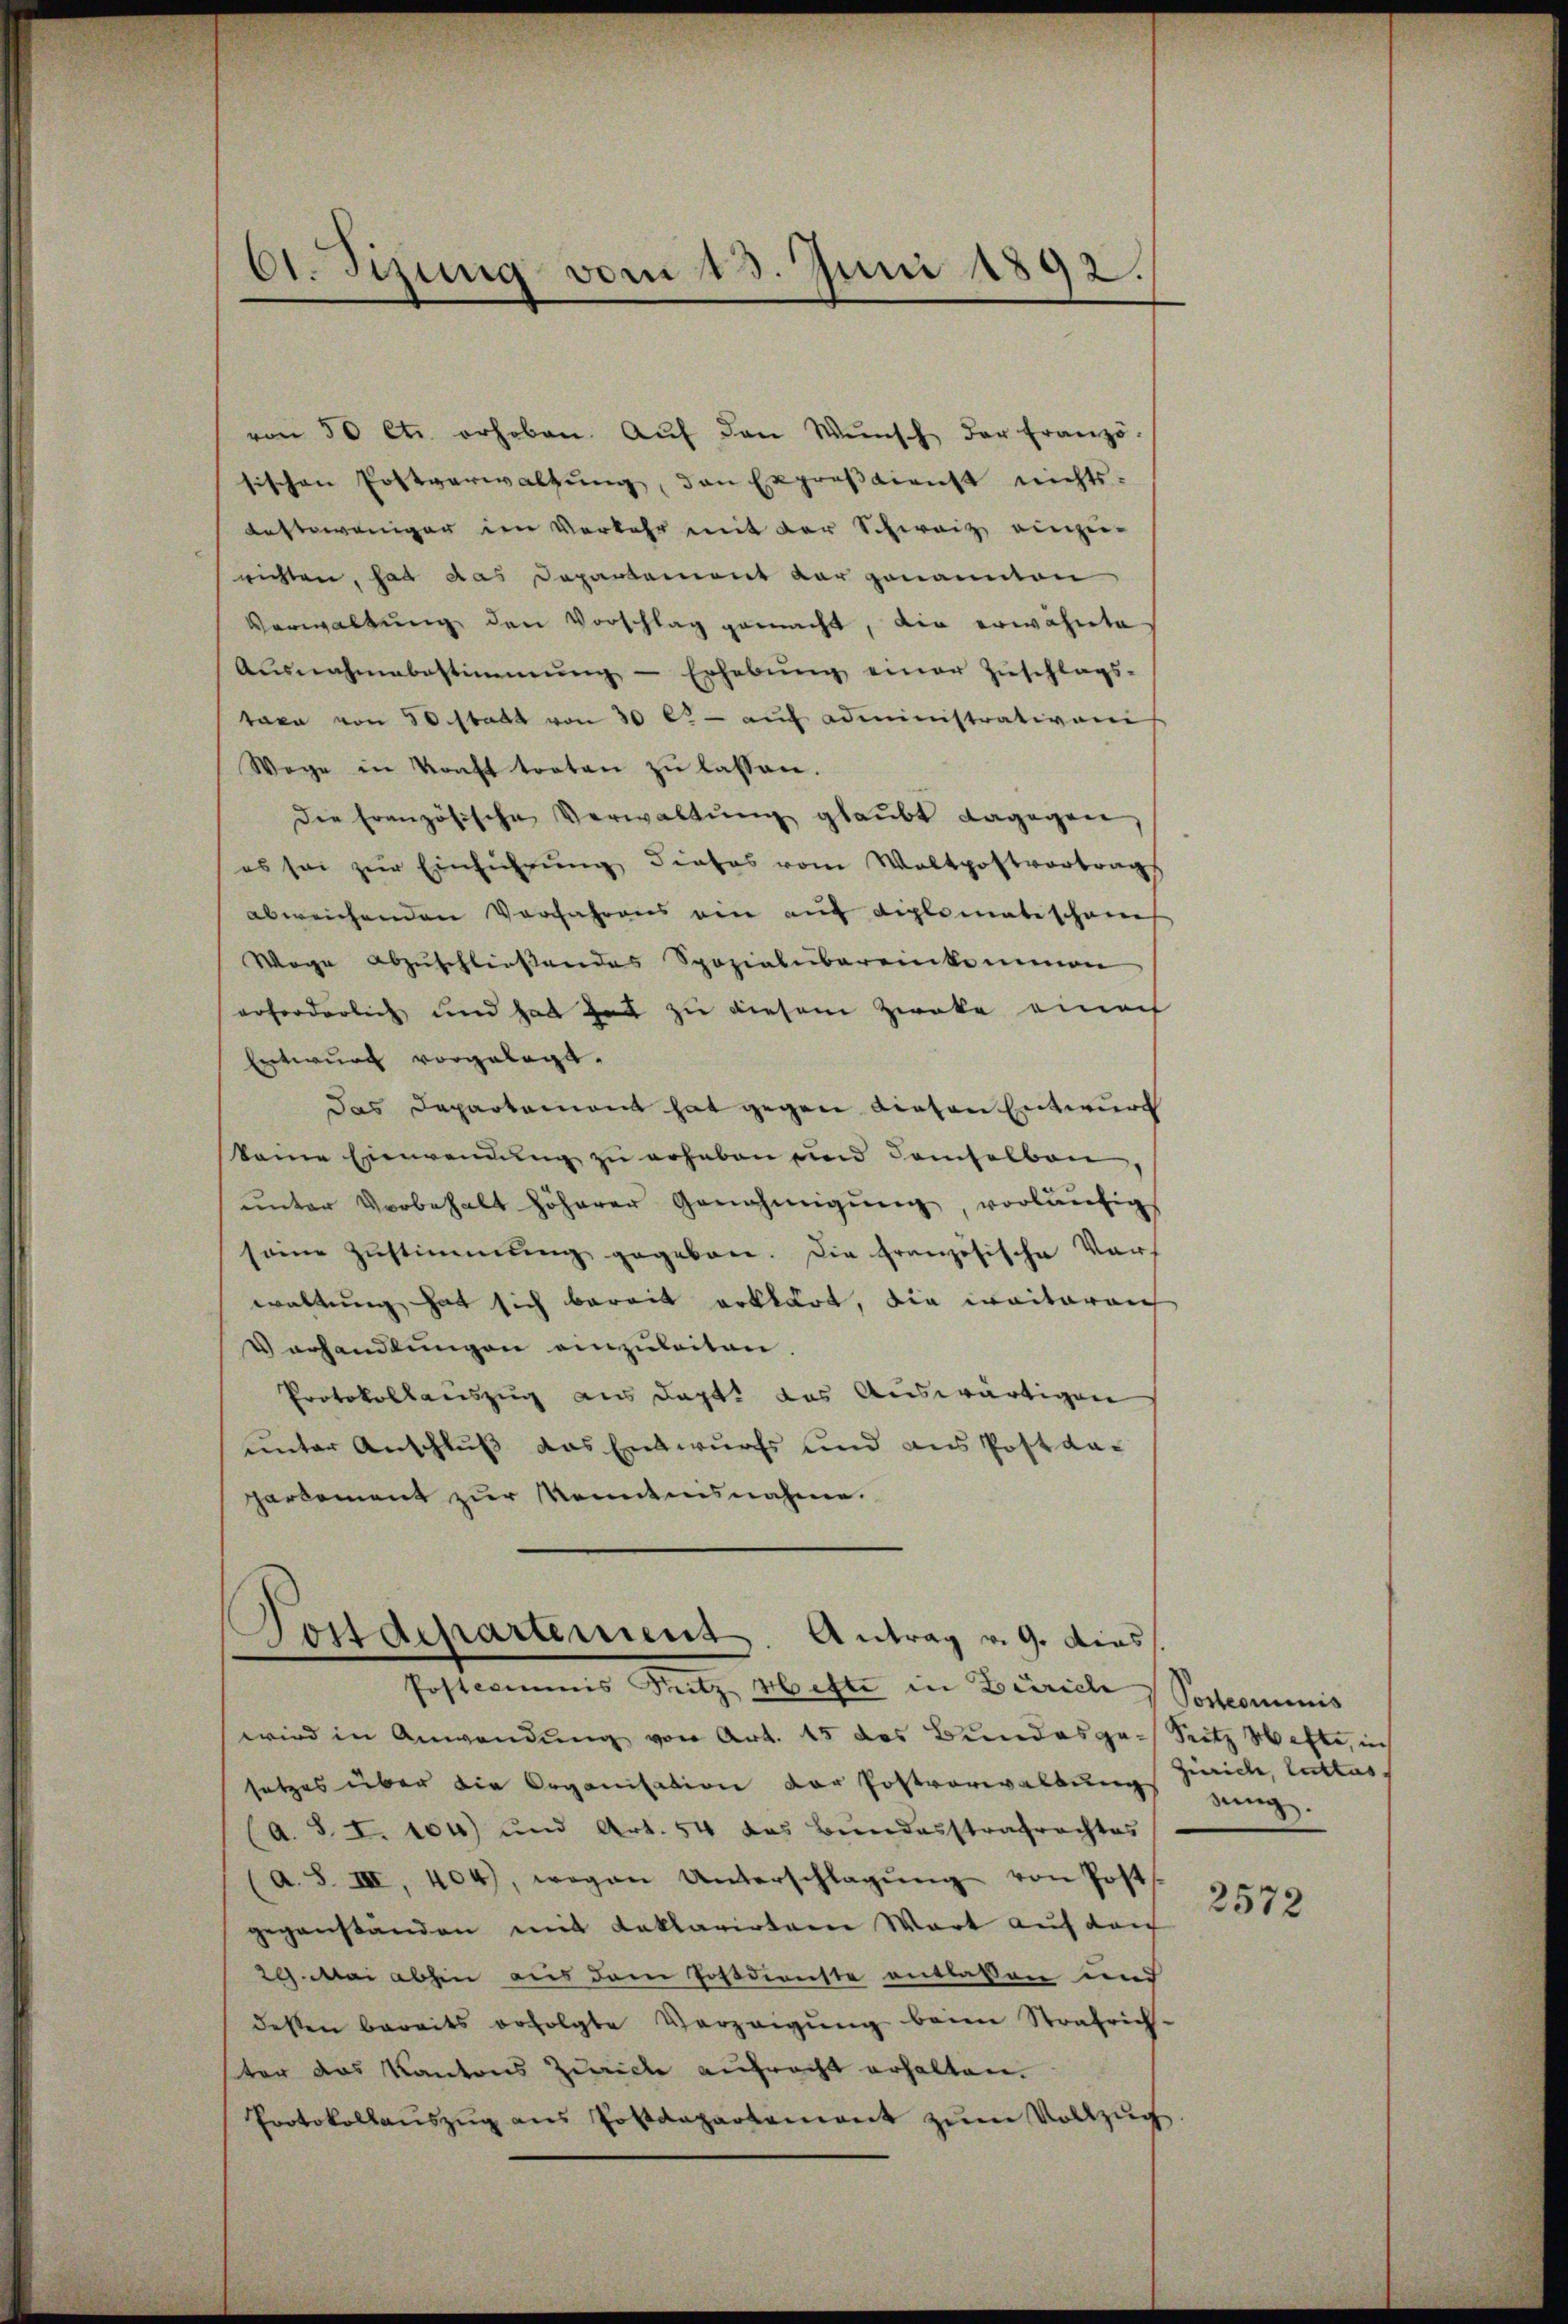
61. Tizung vom 13. Juni 1892.

von 50 Ctr. erhoben. Aŭf den Wŭnsch der franzö-
sischen Postverwaltŭng, den Exproβdienst nichts-
estwaniger im Verkehr mit der Schweiz einzu-
richten, hat das Departement der genannten
Verwaltŭng den Vorschlag gemacht, die erwähnte
Ausnahmebestimmung - Erhebŭng einer Zŭschlags-
taxe von 30 stadt von 30 l. - aŭf administrativam
Wege in konft treten zŭ lassen.
die französische Verwaltung glaubt dagegen,
es sei zŭr Einführŭng dieses vom Waltpostvertrags
abweichenden Verfahrens ein auf diplomate schöne
Wege abzuschließendes Spezialibereinkenmon
erforderlich und hat hat zu diesem Zweke einach
Entwurf vorgelegt.
das Departement hat gegen Lieten Entwurf
keine Einwendung zu erheben und demselben
unter Vorbehalt höherer Genehmigŭng, vorläŭfig
seine Zustimmung gegeben. Die Französische Vor-
waltung hat sich bereit erklärt, die waitarei
Verhandlungen einzuleiten.
Protokollauszug aus Dapt. das Auswärtigen
unter Anschluß das Entwurfs und aus Post da-
partement zur Kenntnisnahme.
Postcommis Fritz Hefte in Zürich (Postcommis
wird in Anwendung von Art. 15 des Bundesge- Seitz Wette, in
setzes über die Organisation der Postverwaltungs ung
(A. S. I. 104) und Art. 54 das Bundesstrafrachtes
A. S. III, 404), wogen Unterschlagŭng von Post
gegenständen mit Laklarirtere Wart auf den
29. Mai abhin aus dem Postdienste entlaßen und
dessen bereits erfolgte Verzeigŭng beim Strafrich-
ter das Kantons Zürich aufracht erhalten.
Protokollaŭszŭg ans Postdepartement zŭm Vollzŭg

Postdepartement. Antrag v. 9. dies

Zürich, Cattus,

2572